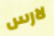
لارس